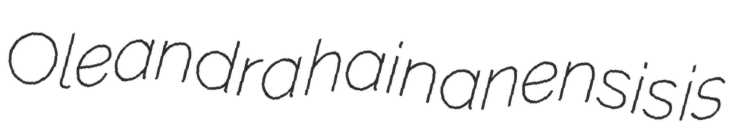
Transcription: Oleandra hainanensis is